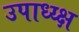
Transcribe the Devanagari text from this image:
उपाध्य्क्ष